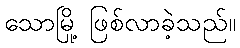
သောမြို့ ဖြစ်လာခဲ့သည်။